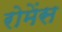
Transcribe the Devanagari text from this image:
रोमेंस